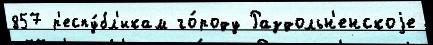
857 р'еспу́бл'икам го́роду Раздольн'енскоjе